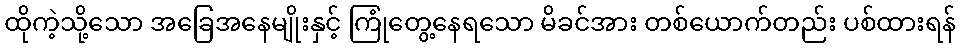
ထိုကဲ့သို့သော အခြေအနေမျိုးနှင့် ကြုံတွေ့နေရသော မိခင်အား တစ်ယောက်တည်း ပစ်ထားရန်